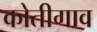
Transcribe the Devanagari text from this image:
कोतीगाव